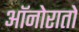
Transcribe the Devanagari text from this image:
ऑनोरातो